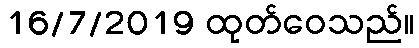
16/7/2019 ထုတ်ဝေသည်။